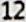
12